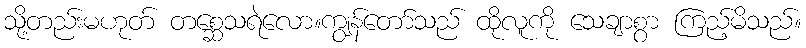
သို့တည်းမဟုတ် တစ္ဆေသရဲလော။ကျွန်တော်သည် ထိုလူကို သေချာစွာ ကြည့်မိသည်။